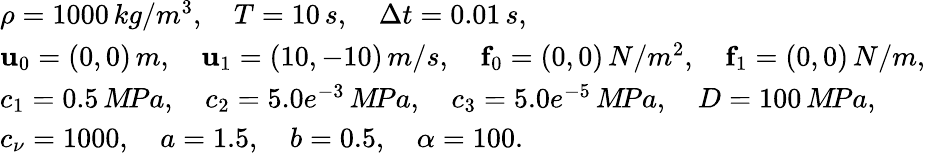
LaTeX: \begin{array}{r}{\begin{array}{l}{\rho=1000\, kg/m^{3},\quad T=10\, s,\quad\Delta t=0.01\, s,}\\ {{\mathbf u}_{0}=(0,0)\, m,\quad{\mathbf u}_{1}=(10,-10)\, m/s,\quad{\mathbf f}_{0}=(0,0)\, N/m^{2},\quad{\mathbf f}_{1}=(0,0)\, N/m,}\\ {c_{1}=0.5\, M\! Pa,\quad c_{2}=5.0e^{-3}\, M\! Pa,\quad c_{3}=5.0e^{-5}\, M\! Pa,\quad D=100\, M\! Pa,}\\ {c_{\nu}=1000,\quad a=1.5,\quad b=0.5,\quad\alpha=100.}\end{array}}\end{array}